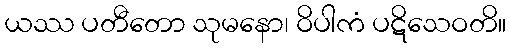
ယဿ ပတီတော သုမနော၊ ဝိပါကံ ပဋိသေဝတိ။